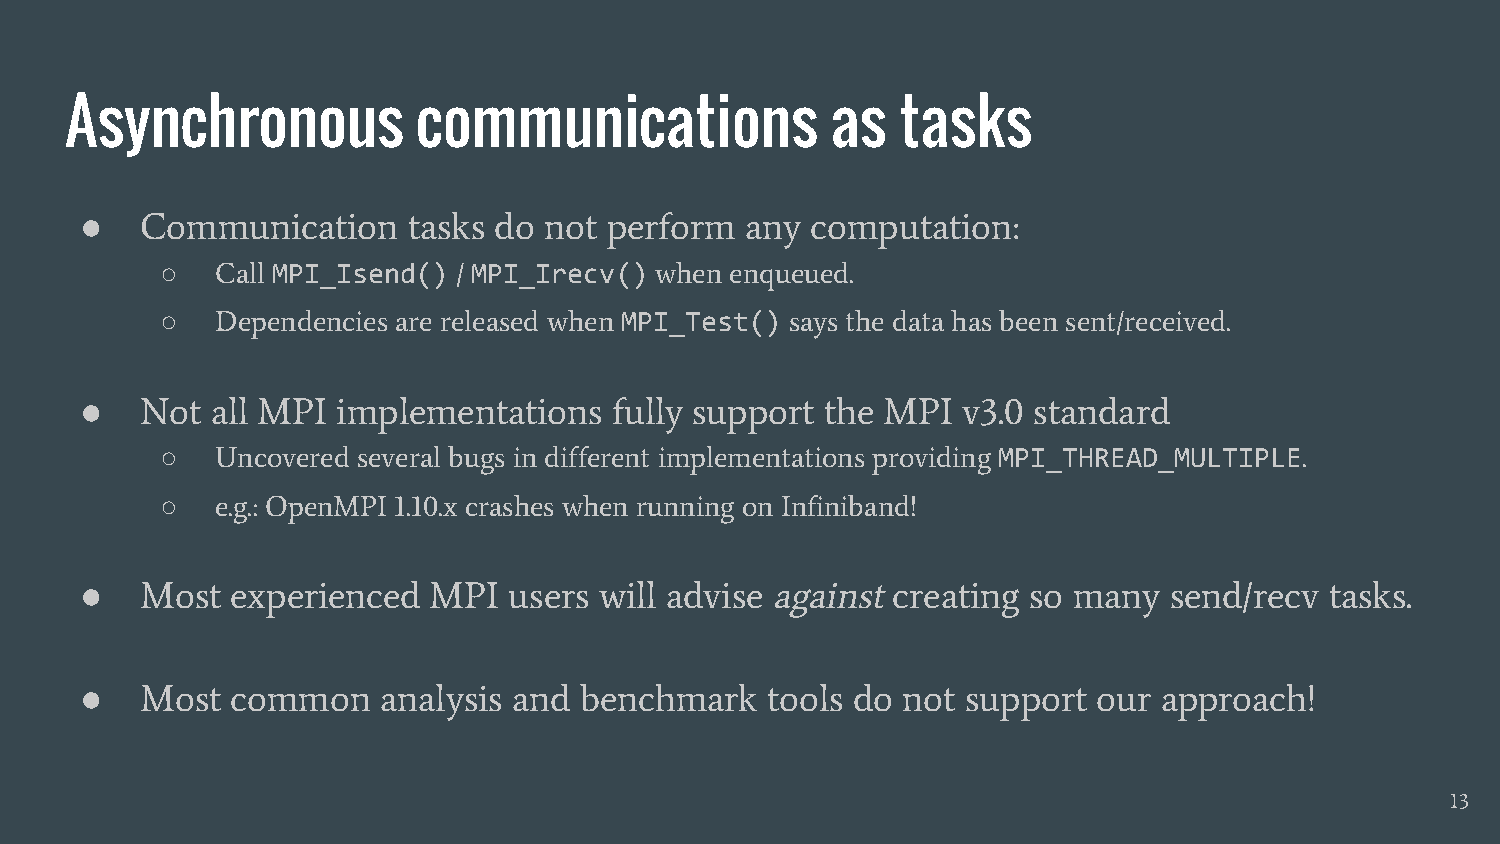
Asynchronous            communications             as   tasks
 ●   Communication     tasks do not perform  any  computation:
 ○  Call MPI_Isend() / MPI_Irecv() when enqueued.
 ○  Dependencies are released when MPI_Test() says the data has been sent/received.
 ●   Not  all MPI implementations    fully support the MPI  v3.0 standard
 ○  Uncovered several bugs in different implementations providing MPI_THREAD_MULTIPLE.
 ○  e.g.: OpenMPI 1.10.x crashes when running on Infiniband!
 ●   Most  experienced  MPI   users will advise against creating so many send/recv  tasks.
 ●   Most  common    analysis and benchmark    tools do not support  our approach!
 13